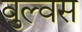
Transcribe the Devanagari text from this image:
वुल्वस